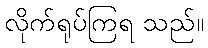
လိုက်ရုပ်ကြရ သည်။